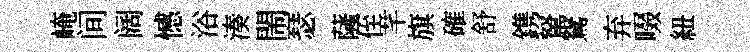
崦间阔憾浴湊閙瑟薩侄芊旗確舒鎸駑鴛弃啜紐